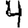
Digit: 4